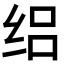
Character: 𬘤